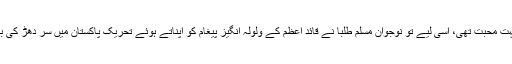
آپ کو نوجوان طلبا سے بہت محبت تھی، اسی لیے تو نوجوان مسلم طلبا نے قائد اعظم کے ولولہ انگیز پیغام کو اپناتے ہوئے تحریک پاکستان میں سر دھڑ کی بازی لگاکر تاریخ رقم کی۔